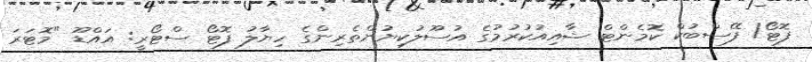
ފޮޓޯ/ ފޭސްބުކް ކޮމެންޓް ޝާއިއުކުރުމުގެ އުސޫލުކިޔުންތެރިންގެ ހިޔާލު ފޮޓޯ ސްޓޯރީ: އައްޑޫ "މޮޓަރަ